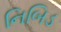
નિબિડ